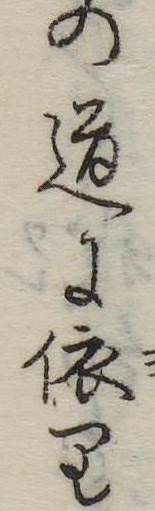
の道に依り